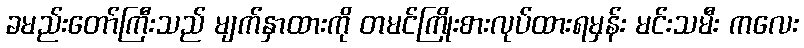
ခမည်းတော်ကြီးသည် မျက်နှာထားကို တမင်ကြိုးစားလုပ်ထားရမှန်း မင်းသမီး ကလေး